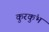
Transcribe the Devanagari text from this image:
कुरकुंभ